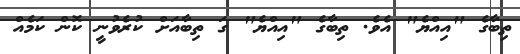
ތިބާގެ "އިއްޔެ" އެވެ. ތިބާގެ "އިއްޔެ" ގަ ތިބާއަށް ކުރެވުނީ ކޮން ކަމެއް